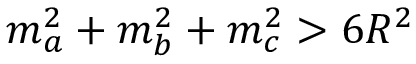
m _ { a } ^ { 2 } + m _ { b } ^ { 2 } + m _ { c } ^ { 2 } > 6 R ^ { 2 }